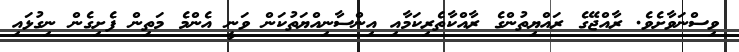
ވިސްނަވާށެވެ. ރާއްޖޭގެ ރައްޔިތުންގެ ރާއްކާތެރިކަމާއި އިންސާނިއްޔަތުކަން ވަނީ އެންމެ މަތިން ފެށިގެން ނިގުޅައި